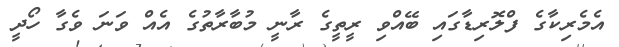
އެމެރިކާގެ ފްލޮރިޑާގައި ބޭއްވި ރީތީގެ ރާނީ މުބާރާތުގެ އެއް ވަނަ ވެގާ ހޯދީ